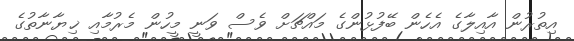
އިތުރުން އާއިލާގެ އެހެން ބޭފުޅުންގެ މައްޗަށް ވެސް ވަނީ މީހުން މެރުމާއި ޚިޔާނާތުގެ